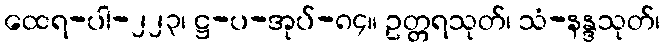
ထေရ-ပါ-၂၂၃၊ ဋ္ဌ-ပ-အုပ်-၈၄။ ဥတ္တရသုတ်၊ သံ-နန္ဒသုတ်၊